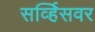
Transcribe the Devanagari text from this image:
सर्व्हिसवर